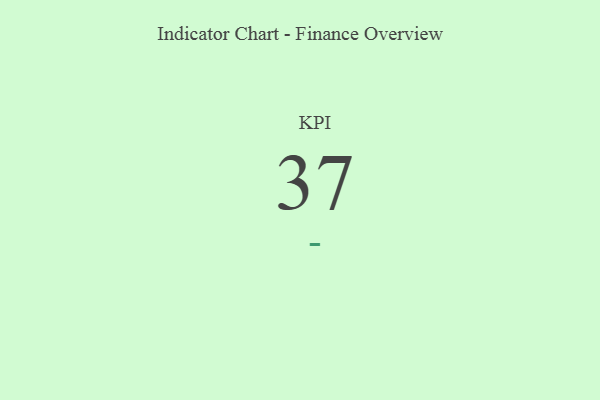
{"axis": {"x": "KPI", "y": "Value"}, "legend": [""], "data": [{"x": "KPI", "y": 37, "type": ""}]}